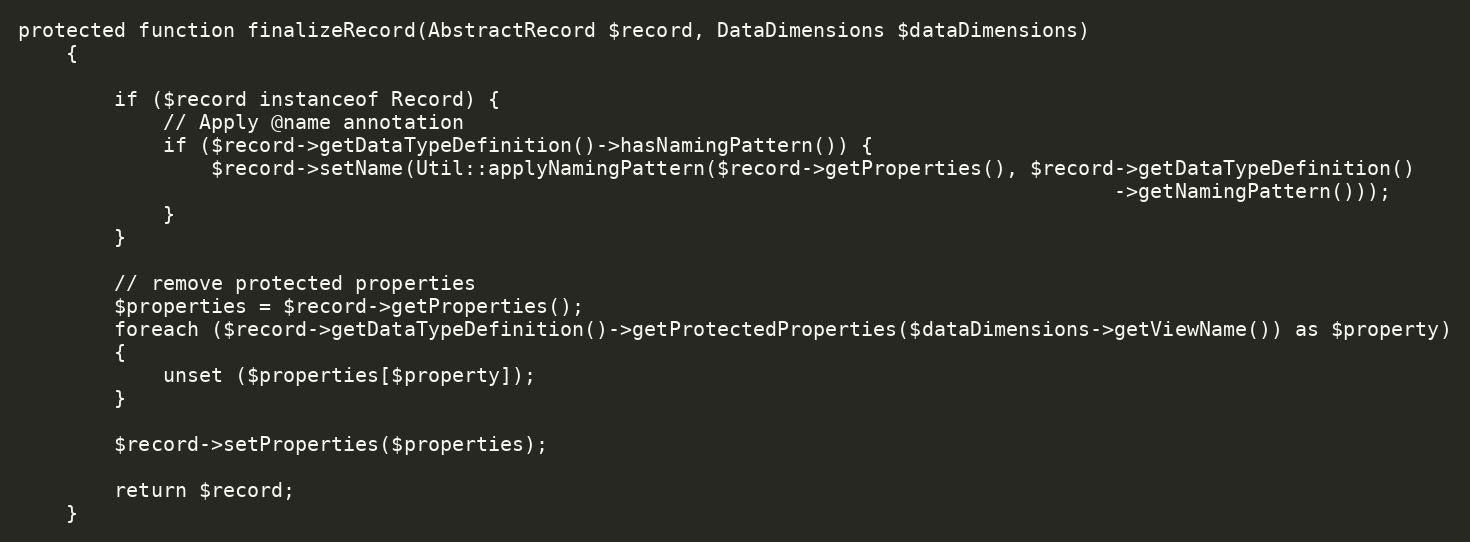
Language: PHP
protected function finalizeRecord(AbstractRecord $record, DataDimensions $dataDimensions)
    {

        if ($record instanceof Record) {
            // Apply @name annotation
            if ($record->getDataTypeDefinition()->hasNamingPattern()) {
                $record->setName(Util::applyNamingPattern($record->getProperties(), $record->getDataTypeDefinition()
                                                                                           ->getNamingPattern()));
            }
        }

        // remove protected properties
        $properties = $record->getProperties();
        foreach ($record->getDataTypeDefinition()->getProtectedProperties($dataDimensions->getViewName()) as $property)
        {
            unset ($properties[$property]);
        }

        $record->setProperties($properties);

        return $record;
    }